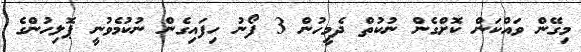
މިގޭން ވައްކަން ކޮށްގެން ނުކުތް ދެމީހުން 3 ފޯނު ހިފައިގެން ނުކުމެވުނީ ޕޮލިހުންގެ